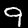
Digit: 9